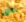
حتى